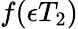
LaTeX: f(\epsilon T_{2})